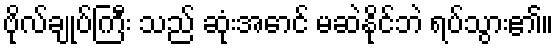
ဗိုလ်ချုပ်ကြီး သည် ဆုံးအောင် မဆဲနိုင်ဘဲ ရပ်သွား၏။